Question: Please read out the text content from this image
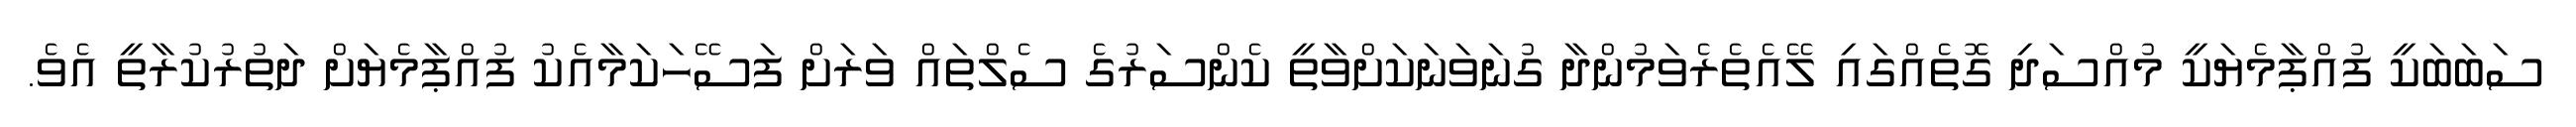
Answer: ސަބަބަކީ ފުއްޕާމެޔަކީ މުއްސަދި ގޮތެއްގައި ލޭއެތެރެވަމުންދާ ގުނަވަނަކަށްވާތީ ކެންސަރުގެ ސެލްތައް ވަރަށް ފަސޭހަކަމާއެކު ފުއްޕާމެޔަށް ދަތުރުކުރާތީ އެވެ.